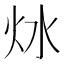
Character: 𤆩